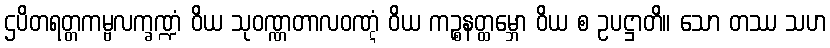
ဌပိတရတ္တကမ္ဗလက္ခဏ္ဍံ ဝိယ သုဝဏ္ဏတာလဝဏ္ဋံ ဝိယ ကဉ္စနတ္ထမ္ဘော ဝိယ စ ဥပဋ္ဌာတိ။ သော တဿ သဟ